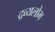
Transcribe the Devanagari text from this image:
द्रव्यलोभ